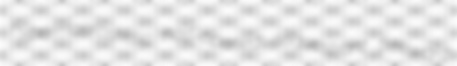
hypermakroskelic half-opened sequestrant freeward